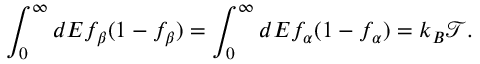
{ \int _ { 0 } ^ { \infty } d E f _ { \beta } ( 1 - f _ { \beta } ) = \int _ { 0 } ^ { \infty } d E f _ { \alpha } ( 1 - f _ { \alpha } ) = k _ { B } \mathcal { T } } .